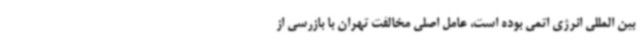
بین المللی انرژی اتمی بوده است، عامل اصلی مخالفت تهران با بازرسی از